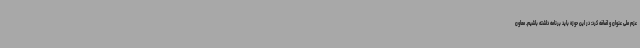
عزم ملی عنوان و اضافه کرد: در این حوزه باید برنامه داشته باشیم. معاون